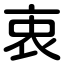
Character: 衷